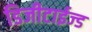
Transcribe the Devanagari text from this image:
डिजीटाईज्‍ड